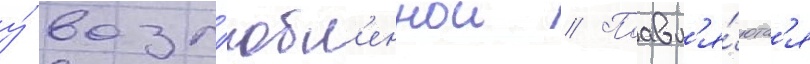
у́ возл'юбл'еннои // Поавл'я́ютс'я